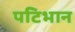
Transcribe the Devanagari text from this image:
पटिभान